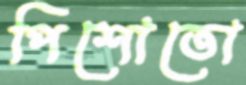
পিশোতো